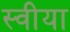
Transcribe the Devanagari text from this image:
स्वीया